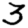
Digit: 3